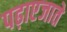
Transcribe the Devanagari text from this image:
पढ़ाएजाते